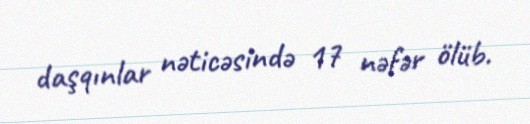
daşqınlar nəticəsində 17 nəfər ölüb.